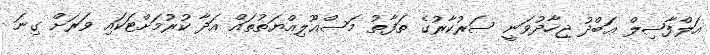
އަލްފާޟިލް ޢަބްދު ޖިހާދުވަނީ ސަރުކާރުގެ ތަފާތު މަސްޢޫލިއްޔަތުތައް އަދާ ކުރުމަށްޓަކައި ވަރަށް ގިނަ